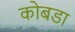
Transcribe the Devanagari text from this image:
कोबडा